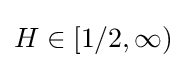
H\in [1/2,\infty )